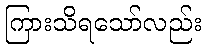
ကြားသိရသော်လည်း